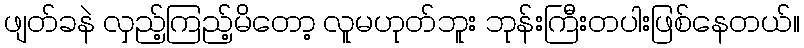
ဖျတ်ခနဲ လှည့်ကြည့်မိတော့ လူမဟုတ်ဘူး ဘုန်းကြီးတပါးဖြစ်နေတယ်။